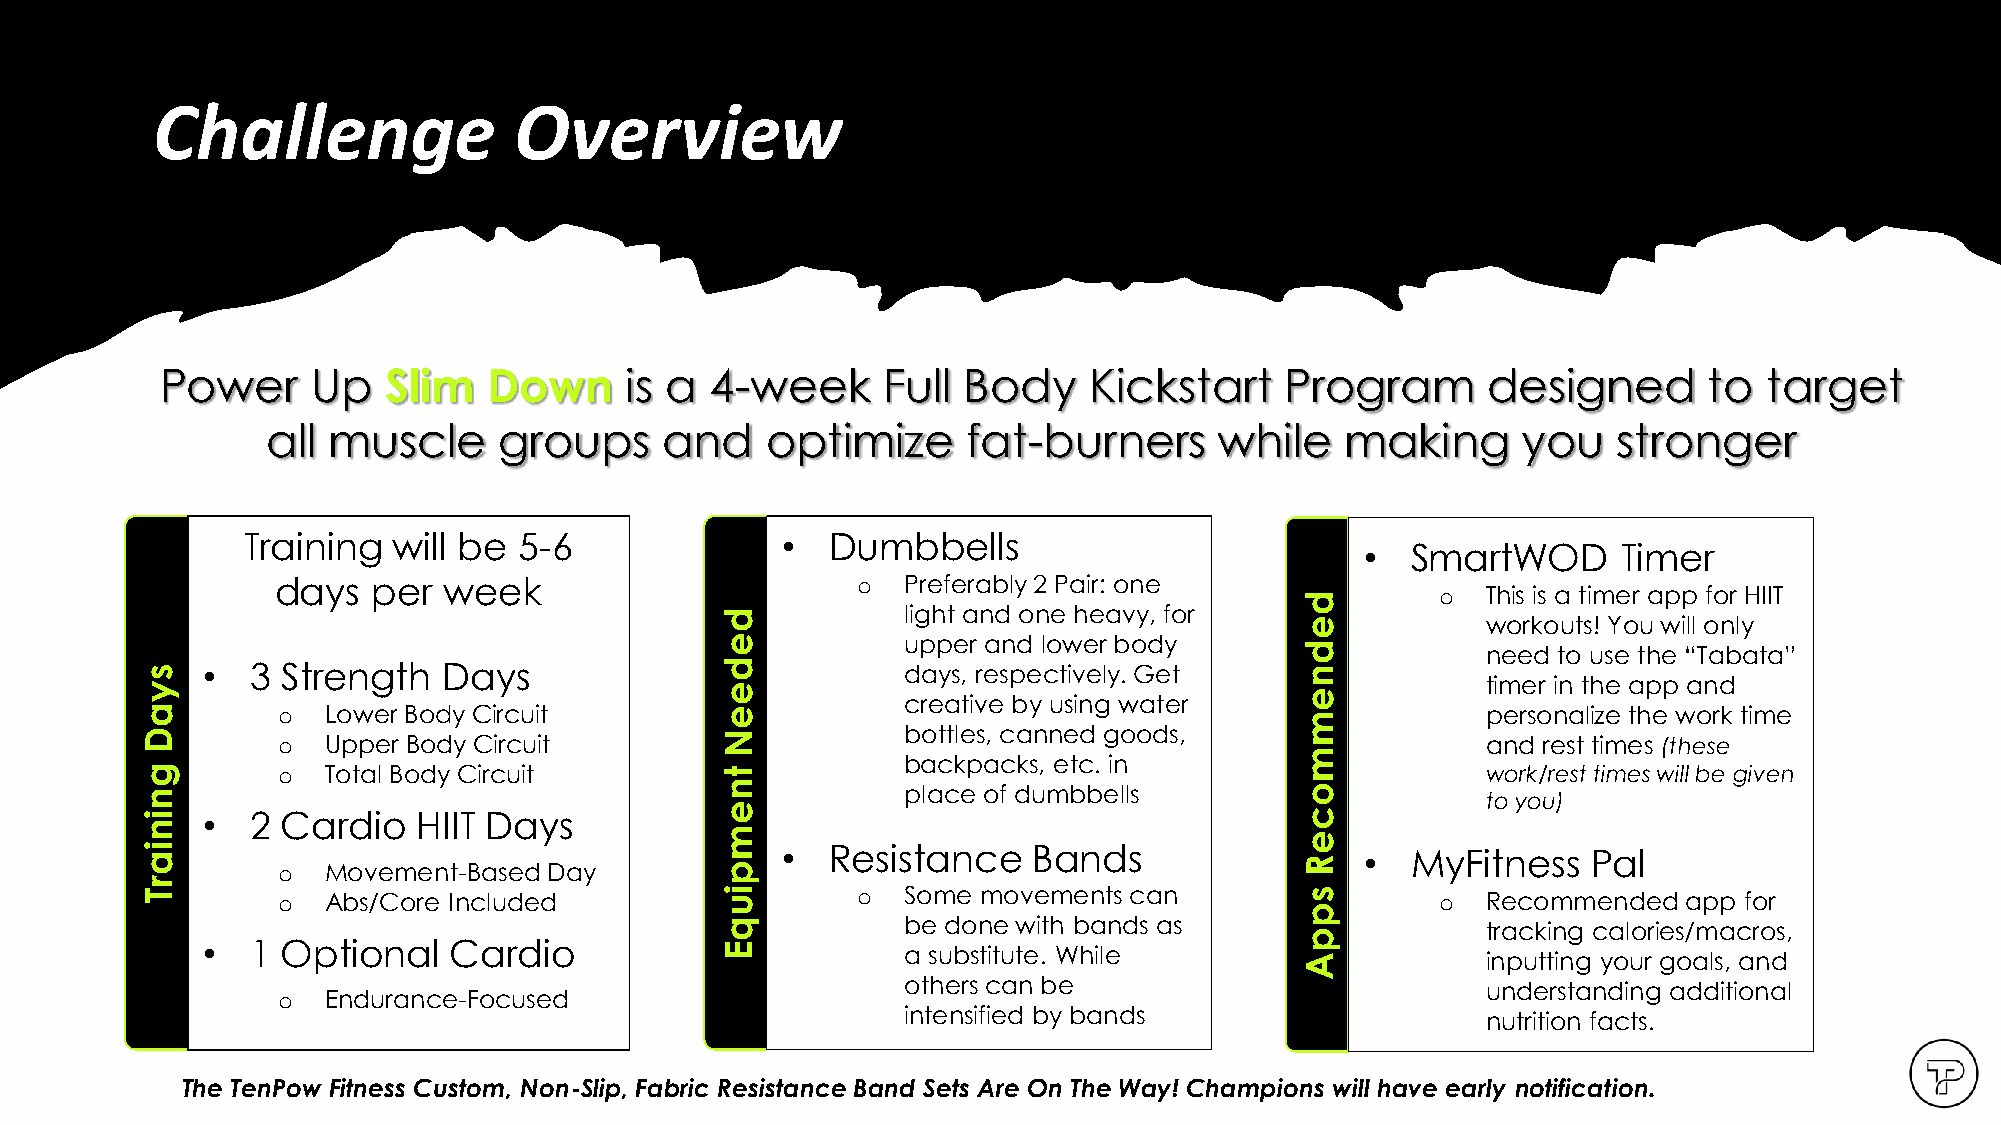
Copyright TenpowFitness Ltd. Co.
 Challenge               Overview
 Power     Up  Slim   Down     is a  4-week     Full  Body    Kickstart    Program      designed       to  target
 all muscle     groups     and    optimize     fat-burners      while   making      you   stronger
 Training  will be 5-6               •  Dumbbells
 •  SmartWOD      Timer
 days   per week                        o  Preferably 2 Pair: one
 o  This is a timer app for HIIT
 d
 d           light and one heavy, for
 e           workouts! You will only
 e           upper and lower body      d           need to use the “Tabata”
 s   •   3 Strength  Days               d           days, respectively. Get   n
 y                                      e                                     e           timer in the app and
 creative by using water
 a        o  Lower Body Circuit         e                                     m           personalize the work time
 D        o  Upper Body Circuit         N           bottles, canned goods,                and rest times (these
 backpacks, etc. in
 m
 g        o  Total Body Circuit         t                                                 work/rest times will be given
 n                                      n           place of dumbbells        o           to you)
 i   •   2 Cardio   HIIT Days           e                                     c
 n                                      m                                     e
 i a      o  Movement-Based Day         p   •  Resistance   Bands             R   •  MyFitness   Pal
 r
 T        o  Abs/Core Included          i u      o  Some movements can        s        o  Recommended   app for
 p
 q           be done with bands as                 tracking calories/macros,
 p
 •   1 Optional   Cardio            E           a substitute. While       A           inputting your goals, and
 others can be                         understanding additional
 o  Endurance-Focused
 intensified by bands                  nutrition facts.
 The TenPow Fitness Custom, Non-Slip, Fabric Resistance Band Sets Are On The Way! Champions will have early notification.